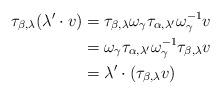
LaTeX: \begin{align*}\tau_{\beta, \lambda} (\lambda' \cdot v) & = \tau_{\beta, \lambda} \omega_\gamma \tau_{\alpha, \lambda'}\omega_\gamma^{-1} v\\& = \omega_\gamma \tau_{\alpha, \lambda'}\omega_\gamma^{-1} \tau_{\beta, \lambda} v\\& = \lambda' \cdot (\tau_{\beta, \lambda} v)\end{align*}